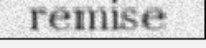
remise